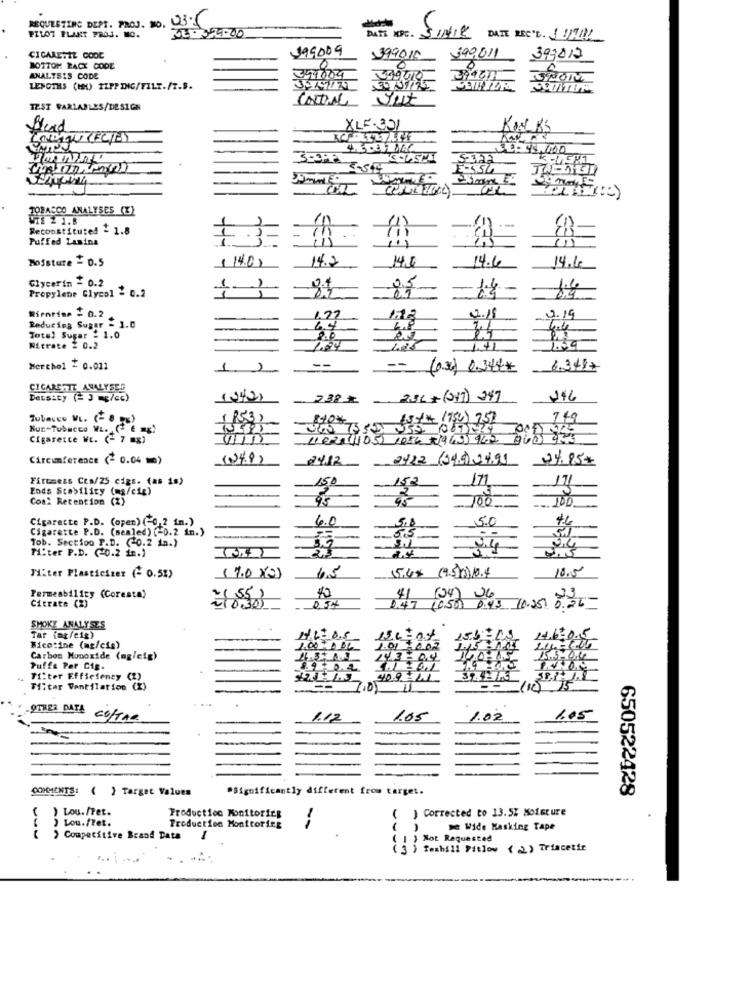
did:W
REQUESTING DEPT. PROJ. NO.
DATE KPC.
PILOT PLANT PROJ. MO.
DATE REC'L. ! !!!!
199009
CIGARETTE CODE
399010
390,011
393012
BOTTOM BACK CODE
0
0
ANALYSIS CODE
LENGTHS (HH) ZIPPING/FILE./T.S.
TEST VARIABLES/DESIGN
XLF-301
KOL KS
€49,000
SEHA
E-SSA
TOBACCO ANALYSES (I)
WIE 2 1.8
Reconstituted - 1.8
-
Puffed Lamina
Moisture = D.5
14.2
4.0
14.6
14.15
Glycerin - 0.2
Propylene Glycol - 0.2
1.4
1.6
Rienrine = 0.2
1.27
4. 19
Reducing Sugar - 1.0
6.4
6.8
1.1
Total Sugar : 1.0
1.54
Nitrate 2 0.2
Merchol = 0.011
1.
(0.30) 0.244
6341+
CIGARETTE ANALYSED
Density (= ] mg/cc)
236+(01) 347
146
Tubacco VL. (- 8 g)
(53)
(54% (75) 752
749
Nur-Tubacco WL. (" E mg)
1595
Cigarette WE. (- 7 mg)
1102 11051 1054 +1949) 942
Circumference (- 0.04 mb)
(24.8)
2422 (199)24.91
04.95#
Firemess Cts/25 cigs. (as is)
171
17
Ends Stability (mg/cie)
150
Con: Retention (%)
93
100
Cigarette P.D. (open) (-0,2 in.)
4.0
5.0
Cigarette P.D. (memled) <0.2 in.)
5,5
Tob. Section P.D. (0.2 in.)
Miter P.D. (0.2 in.}
4
34
15.4% (9.513),10.4
10.5
Filter Plasticizer (- 0.5%)
(7.0 Kg)
6.5
41
Citrate (2)
Permeability (Coresta)
-1 0.305
1.47 (1050) 0:43. 10.25. 0.26-
(24) 26
SMOKE ANALYSES
Tar fag/cig)
150
Nicotine (mg/cig)
Carbon Monoxide (ng/cig)
143
Puffa Per Cig.
Ti:ter Efficiency (2)
Tiltar Ventilation (X
7.0
(1)
15
OTHER DATA CONTAR
105
1.02
COMMENTS: { } Target Values
*Significantly different from target.
650522428
Lou./Tet.
Corrected to 13.5% Moisture
) Lou.fTet.
Production Monitoring
Production Monitoring
( )
a Wide Masking Tape
Competitive Brand Data
1
1 } Mot Requested
( 3 ) femhill Fitlow ( 2) Triacetir